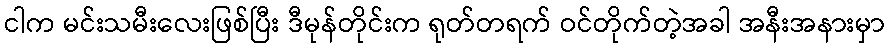
ငါက မင်းသမီးလေးဖြစ်ပြီး ဒီမုန်တိုင်းက ရုတ်တရက် ဝင်တိုက်တဲ့အခါ အနီးအနားမှာ